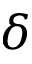
\delta